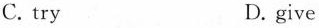
C. try D. give